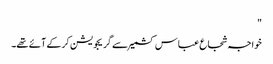
"
خواجہ شجاع عباس کشمیر سے گریجویشن کرکے آئے تھے۔